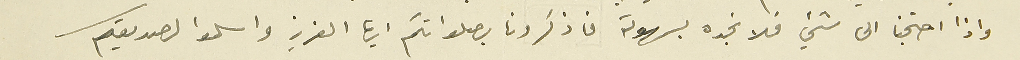
واذا احتجنا الى شيء فلا نجده بسهوله فاذكرونا بصلواتكم ايها العزيز واسلموا لصديقكم